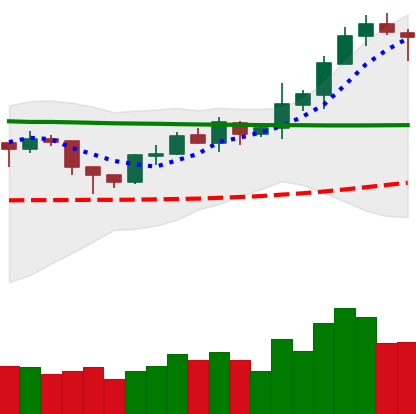
Ticker: XRP-USD
Chart end date: 2020-02-08
Forward return: 17.841%
Label: up_7plus